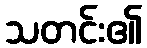
သတင်း၏